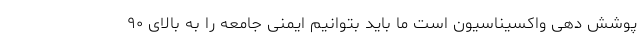
پوشش دهی واکسیناسیون است ما باید بتوانیم ایمنی جامعه را به بالای ۹۰